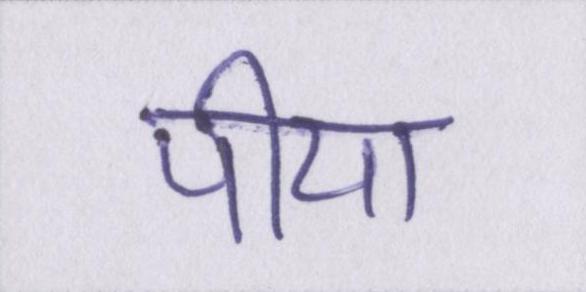
पीया